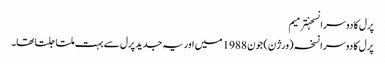
پرل کا دوسرا نسخہترمیم
پرل کا دوسرا نسخہ (ورژن) جون 1988 میں اور یہ جدید پرل سے بہت ملتا جلتا تھا۔